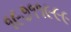
૧૯૭૧૧૯૯૯